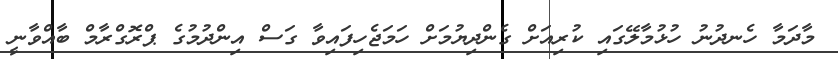
މާދަމާ ހެނދުނު ހުޅުމާލޭގައި ކުރިއަށް ގެންދިޔުމަށް ހަމަޖެހިފައިވާ ގަސް އިންދުމުގެ ޕްރޮގްރާމް ބާއްވާނީ